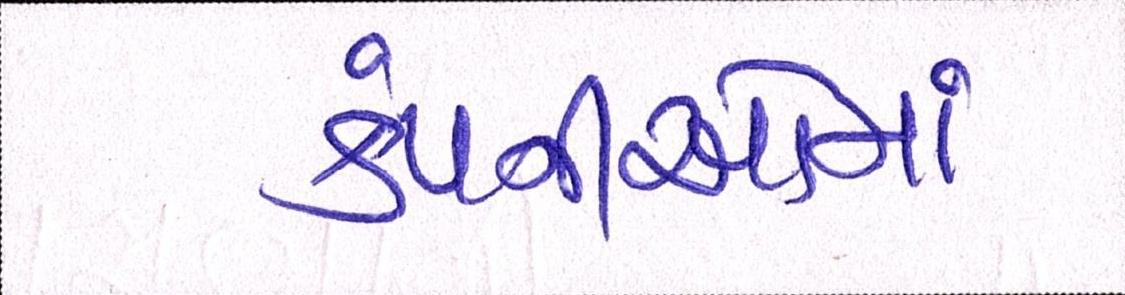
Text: કંપનીઓએ